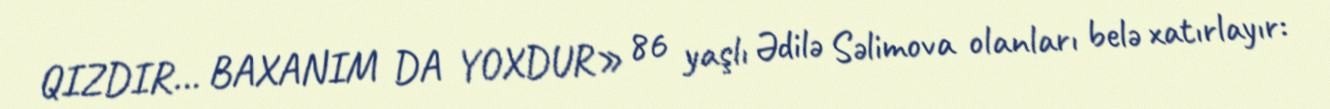
QIZDIR... BAXANIM DA YOXDUR» 86 yaşlı Ədilə Səlimova olanları belə xatırlayır: